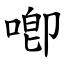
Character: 喞